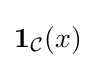
\mathbf {1} _{\mathcal {C}}(x)